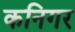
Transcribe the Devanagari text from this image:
कनिगर